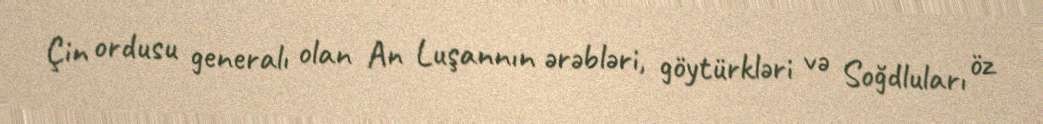
Çin ordusu generalı olan An Luşannın ərəbləri, göytürkləri və Soğdluları öz